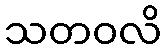
သတဝလိ